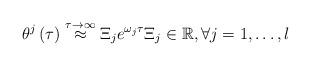
LaTeX: \begin{align*}\theta^{j}\left( \tau\right) \overset{\tau\rightarrow\infty}{\approx}\Xi_{j}e^{\omega_{j}\tau}\Xi_{j}\in\mathbb{R},\forall j=1,\ldots,l\end{align*}